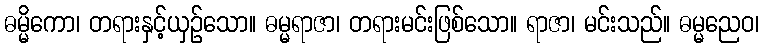
ဓမ္မိကော၊ တရားနှင့်ယှဉ်သော။ ဓမ္မရာဇာ၊ တရားမင်းဖြစ်သော။ ရာဇာ၊ မင်းသည်။ ဓမ္မညေဝ၊